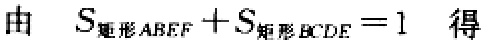
由 \(S_{矩形ABEF}+S_{矩形BCDE}=1\) 得